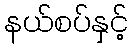
နယ်စပ်နှင့်